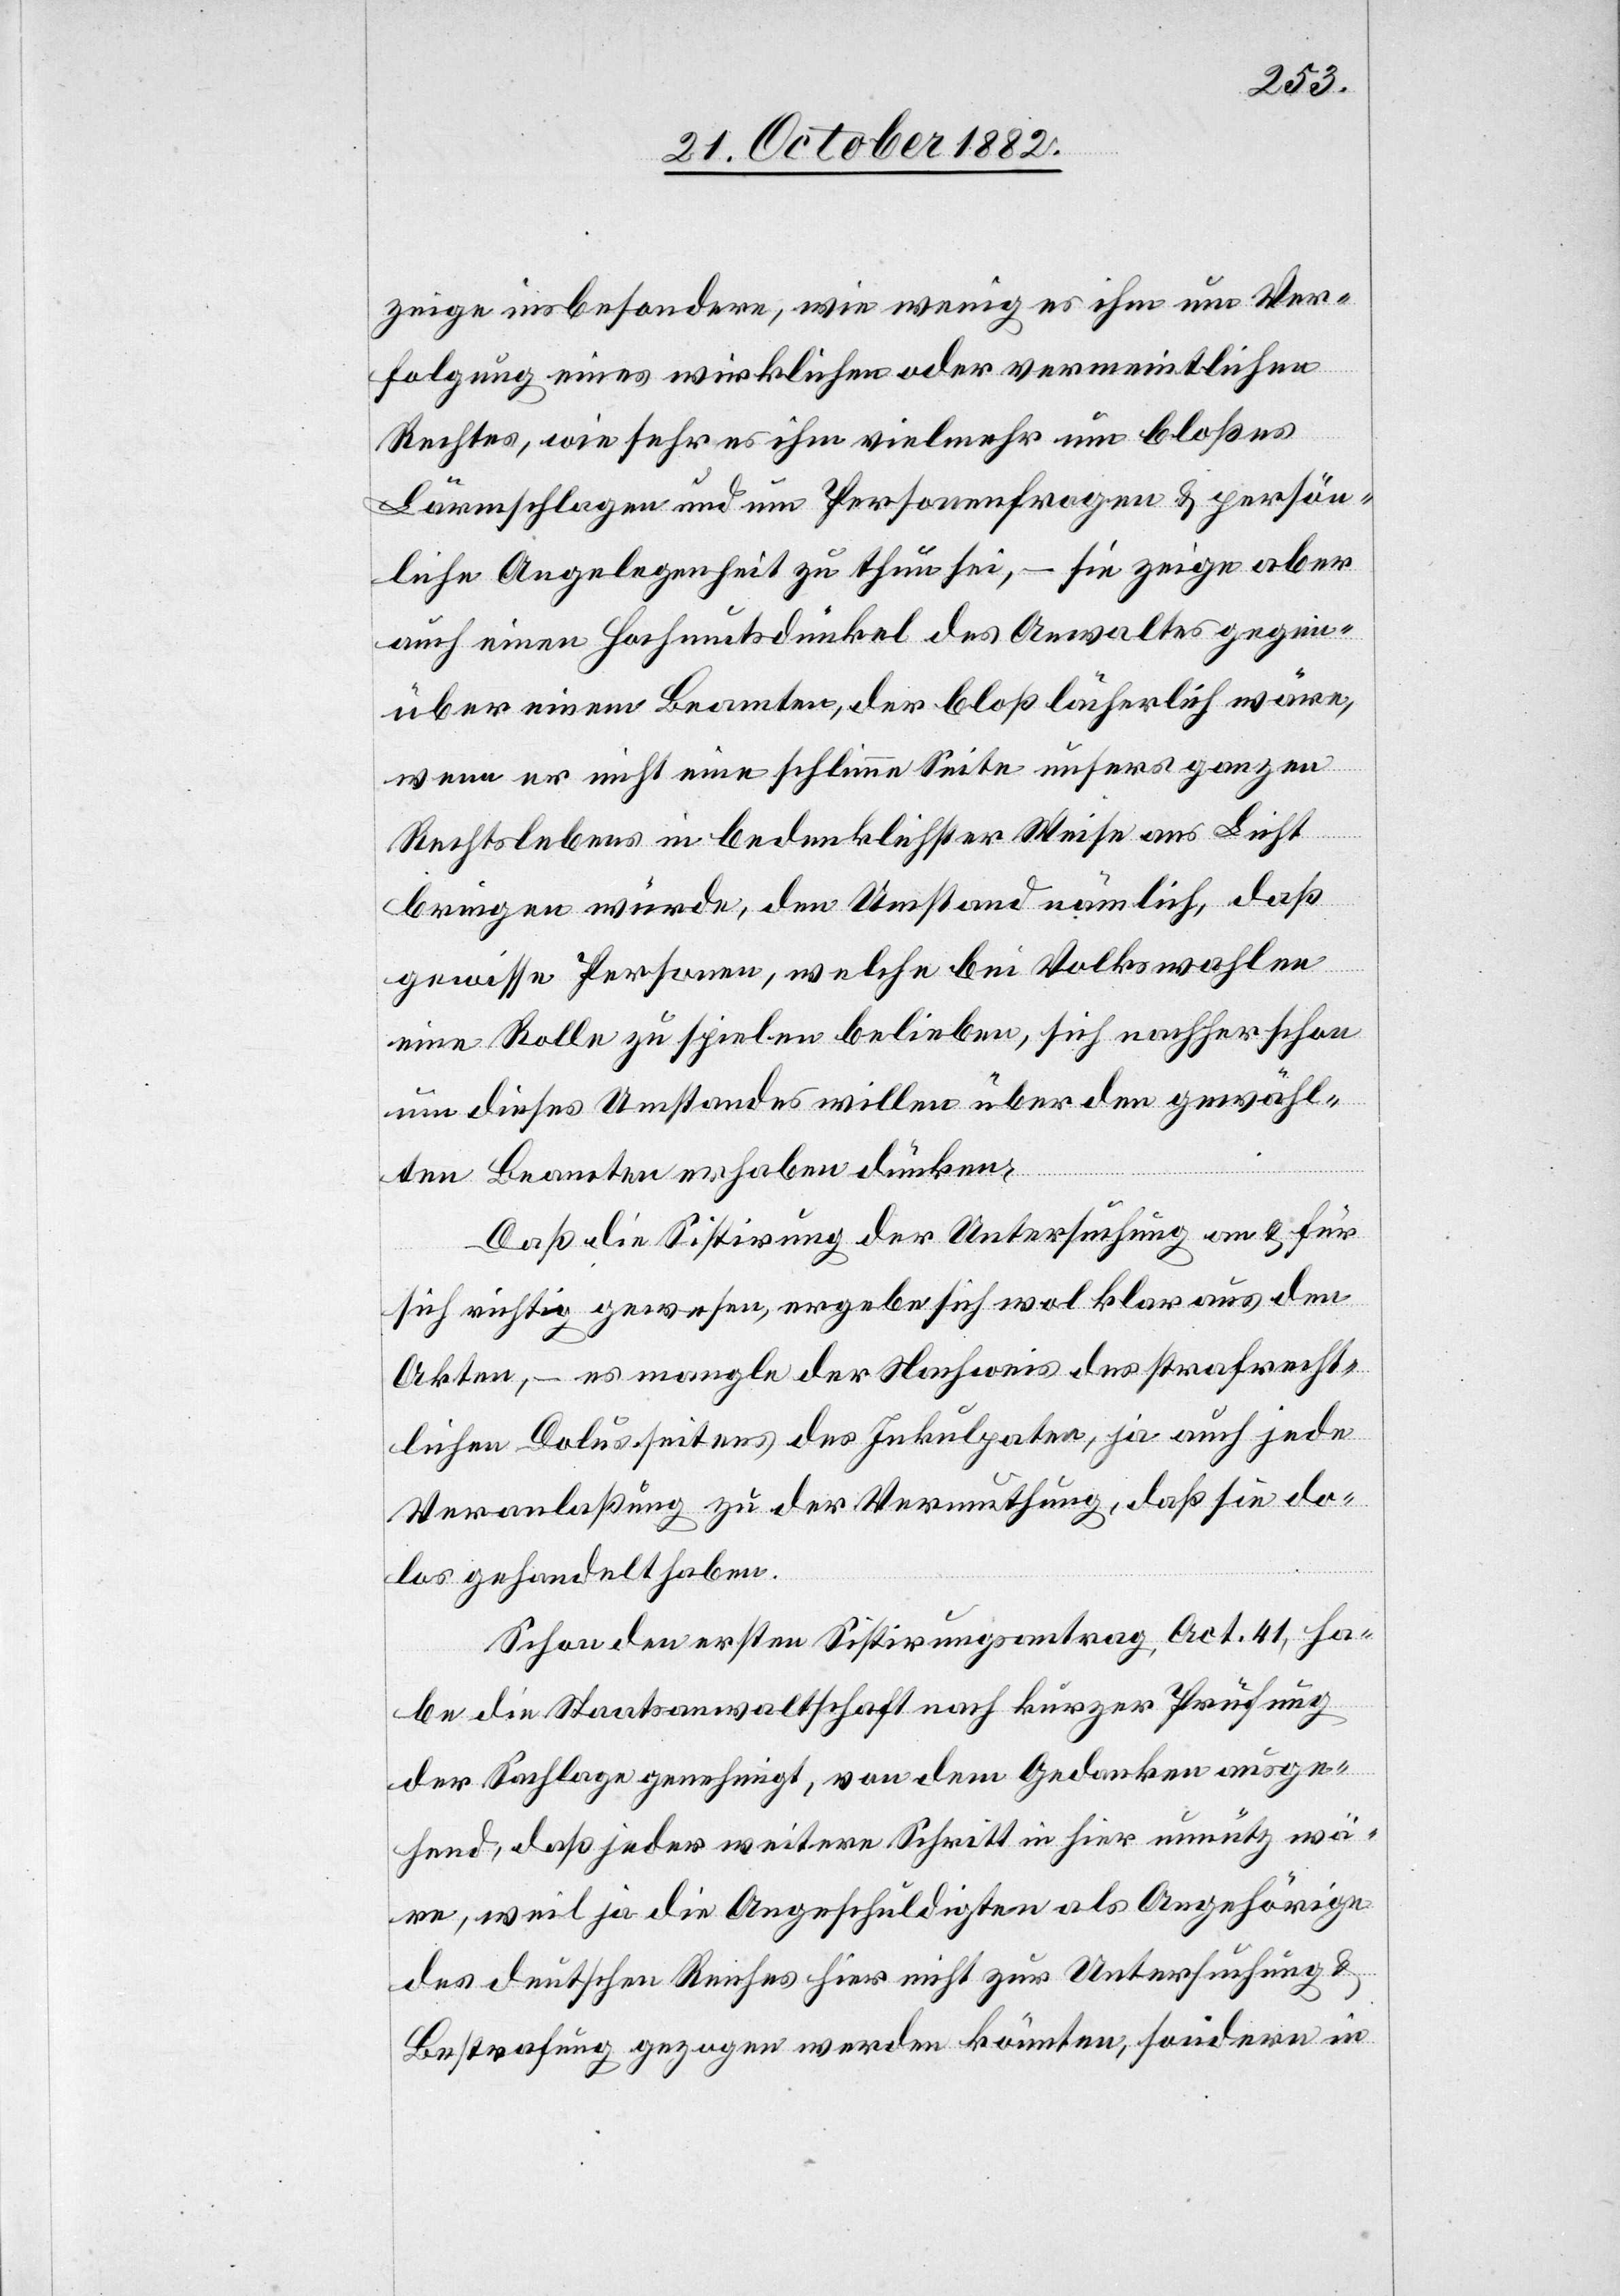
zeige insbesondere, wie wenig es ihm um Ver¬
folgung eins wirklichen oder vermeintlichen
Rechtes, wie sehr es ihm vielmehr um bloßes
Lärmschlagen und um Personenfragen & persön¬
liche Angelegenheit zu thun sei, – sie zeige aber
auch einen Hochmutsdünkel des Anwaltes gegen¬
über einem Beamten, der bloß lächerlich wäre,
wenn er nicht eine schlimme Seite unsers ganzen
Rechtslebens in bedenklichster Weise ans Licht
bringen würde, den Umstand nämlich, daß
gewisse Personen, welche bei Volkswahlen
eine Rolle zu spielen belieben, sich nachher schon
um dieses Umstandes willen über den gewähl¬
ten Beamten erhaben dünken.
Daß die Sistirung der Untersuchung an & für
sich richtig gewesen, ergebe sich wol klar aus den
Akten, – es mangle der Nachweis des strafrecht¬
lichen Dolus seitens des Inkulpaten, ja auch jede
Veranlaßung zu der Vermuthung, das sie do¬
los gehandelt haben.
Schon den ersten Sistirungsantrag Act. 41, ha¬
be die Staatsanwaltschaft nach kurzer Prüfung
der Sachlage genehmigt, von dem Gedanken ausge¬
hen, daß jeder weitere Schritt in hier unnütz wä¬
re, weil ja die Angeschuldigten als Angehörige
des deutschen Reiches hier nicht zur Untersuchung &
Bestrafung gezogen werden könnten, sondern in